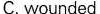
C. wounded